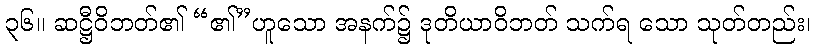
၃၆။ ဆဋ္ဌီဝိဘတ်၏ “၏”ဟူသော အနက်၌ ဒုတိယာဝိဘတ် သက်ရ သော သုတ်တည်း၊